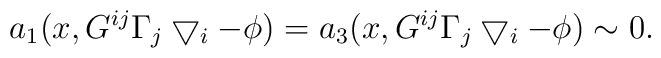
a_1(x, G^{ij}\Gamma_j\bigtriangledown_i -\phi)=a_3(x, G^{ij}\Gamma_j\bigtriangledown_i -\phi) \sim0.